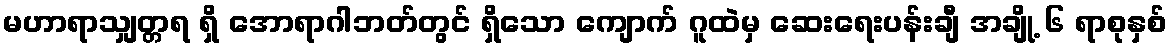
မဟာရာသျှတ္တရ ရှိ အောရာဂါဘတ်တွင် ရှိသော ကျောက် ဂူထဲမှ ဆေးရေးပန်းချီ အချို့ ၆ ရာစုနှစ်